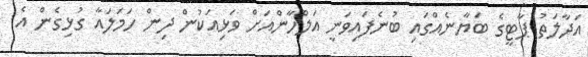
އަދާލަތު ޕާޓީގެ ބަޔާނެއްގައި ބުނެފައިވަނީ އަލްހާންއަށް ވަޅިއަކުން ދިން ހަމަލައާ ގުޅިގެން އެ